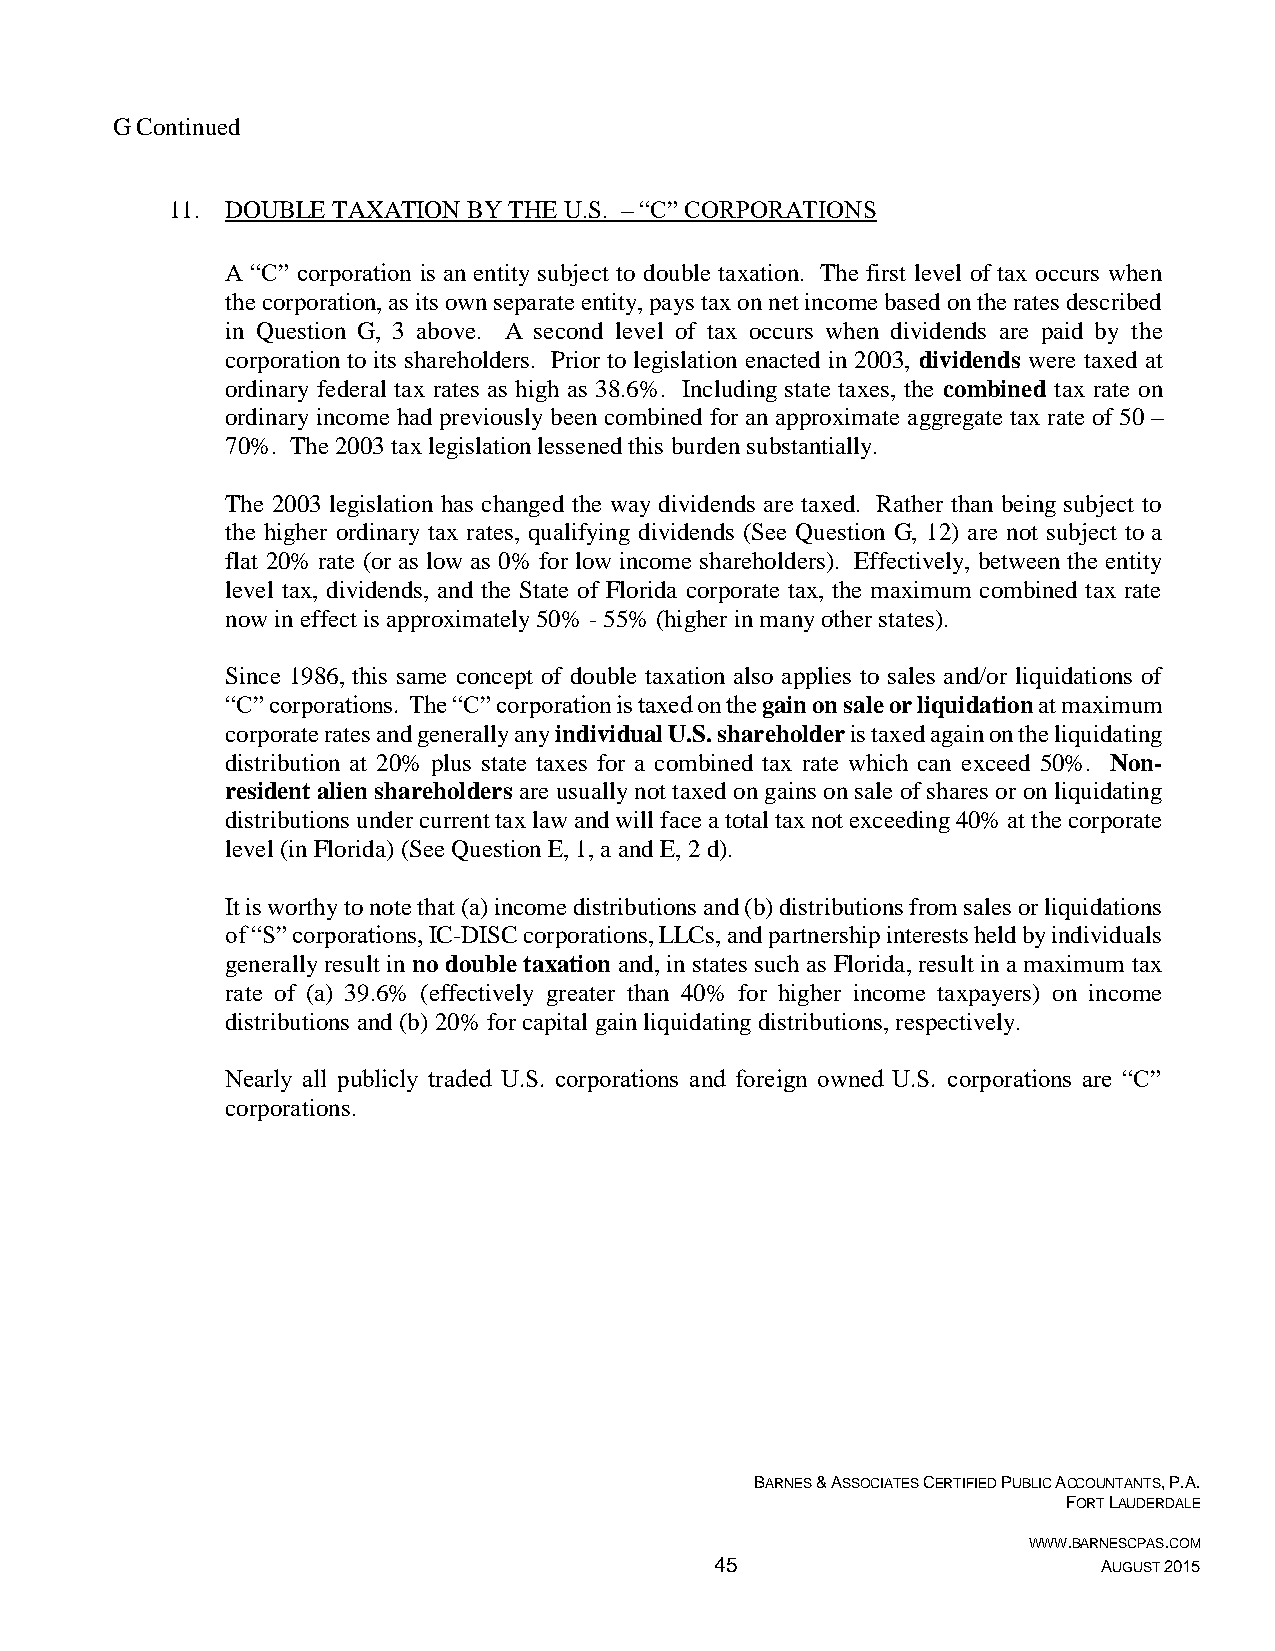
G Continued
 11. DOUBLE TAXATION BY THE U.S. – “C” CORPORATIONS
 A “C” corporation is an entity subject to double taxation. The first level of tax occurs when
 the corporation, as its own separate entity, pays tax on net income based on the rates described
 in Question G, 3 above. A second level of tax occurs when dividends are paid by the
 corporation to its shareholders. Prior to legislation enacted in 2003, dividends were taxed at
 ordinary federal tax rates as high as 38.6%. Including state taxes, the combined tax rate on
 ordinary income had previously been combined for an approximate aggregate tax rate of 50 –
 70%. The 2003 tax legislation lessened this burden substantially.
 The 2003 legislation has changed the way dividends are taxed. Rather than being subject to
 the higher ordinary tax rates, qualifying dividends (See Question G, 12) are not subject to a
 flat 20% rate (or as low as 0% for low income shareholders). Effectively, between the entity
 level tax, dividends, and the State of Florida corporate tax, the maximum combined tax rate
 now in effect is approximately 50% - 55% (higher in many other states).
 Since 1986, this same concept of double taxation also applies to sales and/or liquidations of
 “C” corporations. The “C” corporation is taxed on the gain on sale or liquidation at maximum
 corporate rates and generally any individual U.S. shareholder is taxed again on the liquidating
 distribution at 20% plus state taxes for a combined tax rate which can exceed 50%. Non-
 resident alien shareholders are usually not taxed on gains on sale of shares or on liquidating
 distributions under current tax law and will face a total tax not exceeding 40% at the corporate
 level (in Florida) (See Question E, 1, a and E, 2 d).
 It is worthy to note that (a) income distributions and (b) distributions from sales or liquidations
 of “S” corporations, IC-DISC corporations, LLCs, and partnership interests held by individuals
 generally result in no double taxation and, in states such as Florida, result in a maximum tax
 rate of (a) 39.6% (effectively greater than 40% for higher income taxpayers) on income
 distributions and (b) 20% for capital gain liquidating distributions, respectively.
 Nearly all publicly traded U.S. corporations and foreign owned U.S. corporations are “C”
 corporations.
 BARNES & ASSOCIATES CERTIFIED PUBLIC ACCOUNTANTS, P.A.
 FORT LAUDERDALE
 WWW.BARNESCPAS.COM
 45                        AUGUST 2015